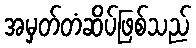
အမှတ်တံဆိပ်ဖြစ်သည်